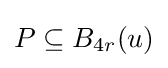
P\subseteq B_{4r}(u)